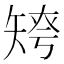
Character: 𥏤